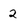
Character: 2